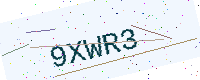
Text: 9XWR3